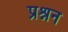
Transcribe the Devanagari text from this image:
प्रश्नन